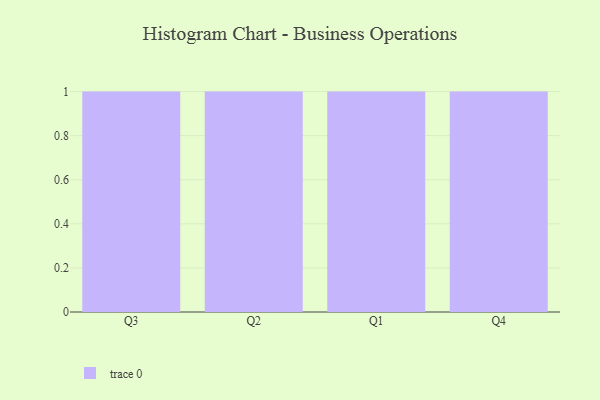
{"axis": {"x": "Quarter", "y": "Customer Acquisition Cost (USD)"}, "legend": [""], "data": [{"x": "Q3", "y": 97, "type": ""}, {"x": "Q2", "y": 2, "type": ""}, {"x": "Q1", "y": 53, "type": ""}, {"x": "Q4", "y": 34, "type": ""}]}